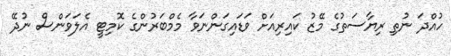
ހުއްދަ ނުތި ރިޔާސަތުގެ މޭޒު ކައިރިއަށް ވަޑައިގަންނަވާ މެމްބަރުންގެ ކޮމިޓީ އެލަވަންސް ނުދޭ